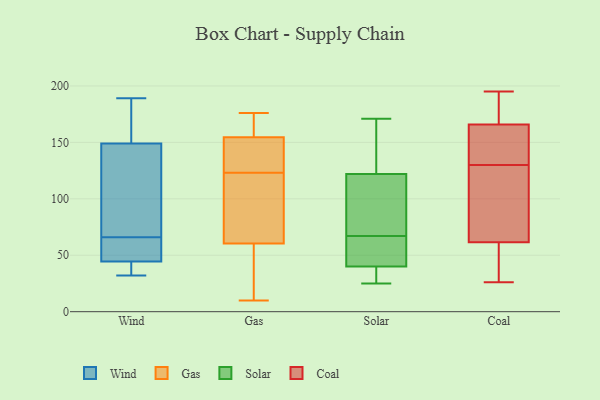
{"axis": {"x": "Operating Costs (USD K)", "y": "Value"}, "legend": ["Coal", "Gas", "Solar", "Wind"], "data": [{"x": "", "y": 48, "type": "Wind"}, {"x": "", "y": 189, "type": "Wind"}, {"x": "", "y": 35, "type": "Wind"}, {"x": "", "y": 180, "type": "Wind"}, {"x": "", "y": 113, "type": "Wind"}, {"x": "", "y": 32, "type": "Wind"}, {"x": "", "y": 48, "type": "Wind"}, {"x": "", "y": 89, "type": "Wind"}, {"x": "", "y": 131, "type": "Wind"}, {"x": "", "y": 43, "type": "Wind"}, {"x": "", "y": 168, "type": "Wind"}, {"x": "", "y": 61, "type": "Wind"}, {"x": "", "y": 46, "type": "Wind"}, {"x": "", "y": 33, "type": "Wind"}, {"x": "", "y": 167, "type": "Wind"}, {"x": "", "y": 71, "type": "Wind"}, {"x": "", "y": 148, "type": "Gas"}, {"x": "", "y": 19, "type": "Gas"}, {"x": "", "y": 102, "type": "Gas"}, {"x": "", "y": 123, "type": "Gas"}, {"x": "", "y": 169, "type": "Gas"}, {"x": "", "y": 176, "type": "Gas"}, {"x": "", "y": 121, "type": "Gas"}, {"x": "", "y": 161, "type": "Gas"}, {"x": "", "y": 13, "type": "Gas"}, {"x": "", "y": 10, "type": "Gas"}, {"x": "", "y": 139, "type": "Gas"}, {"x": "", "y": 123, "type": "Gas"}, {"x": "", "y": 40, "type": "Solar"}, {"x": "", "y": 25, "type": "Solar"}, {"x": "", "y": 123, "type": "Solar"}, {"x": "", "y": 84, "type": "Solar"}, {"x": "", "y": 59, "type": "Solar"}, {"x": "", "y": 171, "type": "Solar"}, {"x": "", "y": 33, "type": "Solar"}, {"x": "", "y": 51, "type": "Solar"}, {"x": "", "y": 122, "type": "Solar"}, {"x": "", "y": 75, "type": "Solar"}, {"x": "", "y": 48, "type": "Coal"}, {"x": "", "y": 124, "type": "Coal"}, {"x": "", "y": 102, "type": "Coal"}, {"x": "", "y": 163, "type": "Coal"}, {"x": "", "y": 26, "type": "Coal"}, {"x": "", "y": 130, "type": "Coal"}, {"x": "", "y": 174, "type": "Coal"}, {"x": "", "y": 179, "type": "Coal"}, {"x": "", "y": 145, "type": "Coal"}, {"x": "", "y": 66, "type": "Coal"}, {"x": "", "y": 195, "type": "Coal"}, {"x": "", "y": 186, "type": "Coal"}, {"x": "", "y": 149, "type": "Coal"}, {"x": "", "y": 46, "type": "Coal"}, {"x": "", "y": 47, "type": "Coal"}, {"x": "", "y": 86, "type": "Coal"}, {"x": "", "y": 137, "type": "Coal"}]}